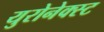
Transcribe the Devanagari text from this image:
युरोनेक्स्ट